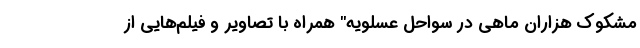
مشکوک هزاران ماهی‌ در سواحل عسلویه" همراه با تصاویر و فیلم‌هایی از